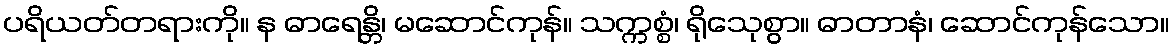
ပရိယတ်တရားကို။ န ဓာရေန္တိ၊ မဆောင်ကုန်။ သက္ကစ္စံ၊ ရိုသေုစွာ။ ဓာတာနံ၊ ဆောင်ကုန်သော။